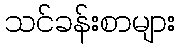
သင်ခန်းစာများ